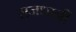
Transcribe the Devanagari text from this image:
राजधानीं